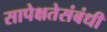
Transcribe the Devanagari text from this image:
सापेक्षतेसंबंधी